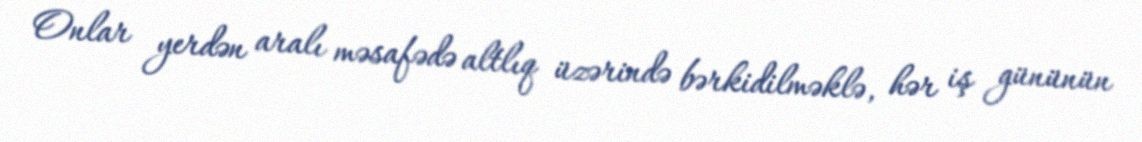
Onlar yerdən aralı məsafədə altlıq üzərində bərkidilməklə, hər iş gününün